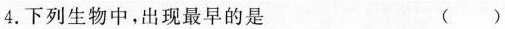
4.下列生物中，出现最早的是 ()